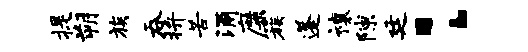
提朔族吞拚苦涌靡簇蓬禳隙廷：